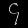
Digit: ၄